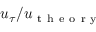
u _ { \tau } / u _ { \mathrm { ~ t ~ h ~ e ~ o ~ r ~ y ~ } }